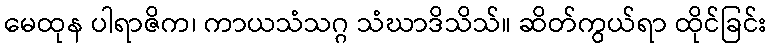
မေထုန ပါရာဇိက၊ ကာယသံသဂ္ဂ သံဃာဒိသိသ်။ ဆိတ်ကွယ်ရာ ထိုင်ခြင်း